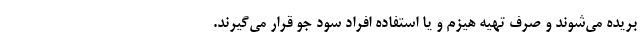
بریده می‌شوند و صرف تهیه هیزم و یا استفاده افراد سود جو قرار می‌گیرند.